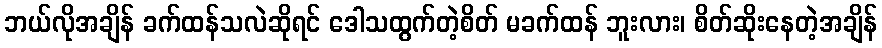
ဘယ်လိုအချိန် ခက်ထန်သလဲဆိုရင် ဒေါသထွက်တဲ့စိတ် မခက်ထန် ဘူးလား၊ စိတ်ဆိုးနေတဲ့အချိန်